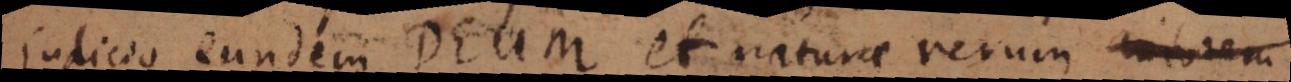
indicio eundem Deum et naturae rerum autorem